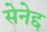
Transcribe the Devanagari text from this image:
सेनेद्द